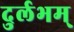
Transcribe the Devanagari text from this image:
दुर्लभम्